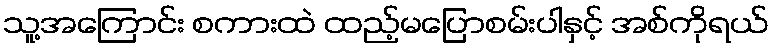
သူ့အကြောင်း စကားထဲ ထည့်မပြောစမ်းပါနှင့် အစ်ကိုရယ်